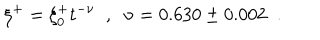
\xi ^ { + } = \xi _ { 0 } ^ { + } t ^ { - \nu } \; \; , \; \; \nu = 0 . 6 3 0 \pm 0 . 0 0 2 \; \; .